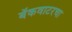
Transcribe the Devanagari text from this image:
बॅकवाटरचा